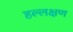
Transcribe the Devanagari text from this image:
हल्लक्षण